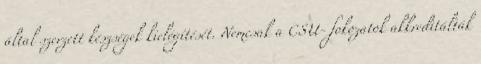
által szerzett készségek kielégítését. Nemcsak a CSU- fokozatok akkreditálták